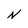
Character: N